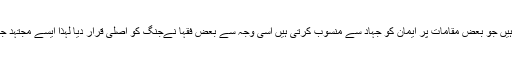
قرآن میں جنگ اور جہاد کے بارے میں بہت ساری آیتیں ہیں جو بعض مقامات پر ایمان کو جہاد سے منسوب کرتی ہیں اسی وجہ سے بعض فقہا نےجنگ کو اصلی قرار دیا لہذا ایسے مجتہد جب تک دنیا میں اسلام نافذ نہ کر لیں کفار سے لڑتے رہیں۔